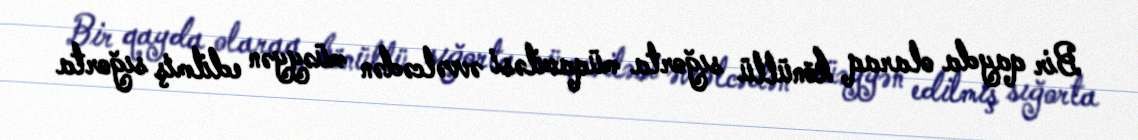
Bir qayda olaraq könüllü sığorta müqaviləsi əvvəlcədən müəyyən edilmiş sığorta